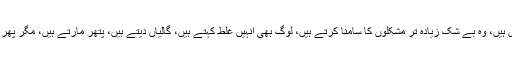
انسان کی کامیابی انسان کی سچائیوں میں ہے، جو انسان سچے اور مخلص ہیں، وہ بے شک زیادہ تر مشکلوں کا سامنا کرتے ہیں، لوگ بھی انہیں غلط کہتے ہیں، گالیاں دیتے ہیں، پتھر مارتے ہیں، مگر پھر ایک سچا ایماندار اور مخلص انسان ان سب چیزوں کو برداشت کرتی ہے۔